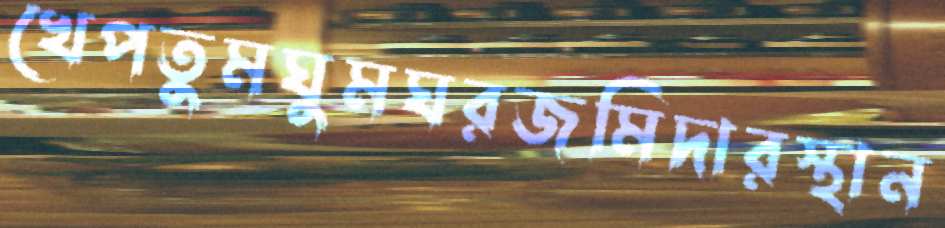
খেপতুমঘুমঘরজমিদারস্থান